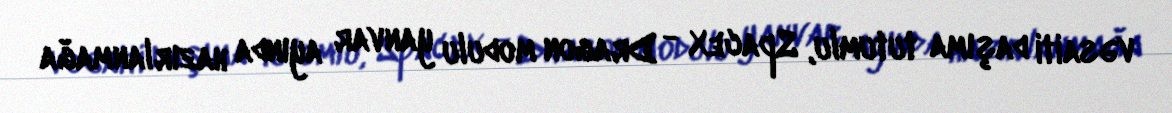
vəsaiti daşıma tutumlu, SpaceX - Dragon modulu yanvar ayında hazırlanmağa